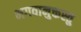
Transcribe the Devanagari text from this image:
भगवानुक्तस्तु